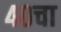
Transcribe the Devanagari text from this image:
४०चा